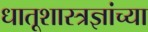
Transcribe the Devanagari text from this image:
धातूशास्त्रज्ञांच्या